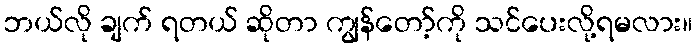
ဘယ်လို ချက် ရတယ် ဆိုတာ ကျွန်တော့်ကို သင်ပေးလို့ရမလား။